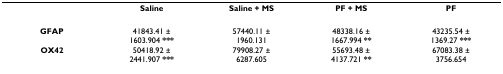
|  | Saline | Saline + MS | PF + MS | PF |
 | --- | --- | --- | --- | --- |
 | GFAP | 41843.41 ±1603.904 *** | 57440.11 ±1960.131 | 48338.16 ±1667.994 ** | 43235.54 ±1369.27 *** |
 | OX42 | 50418.92 ±2441.907 *** | 79908.27 ±6287.605 | 55693.48 ±4137.721 ** | 67083.38 ±3756.654 |